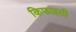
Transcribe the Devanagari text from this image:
किफाइती